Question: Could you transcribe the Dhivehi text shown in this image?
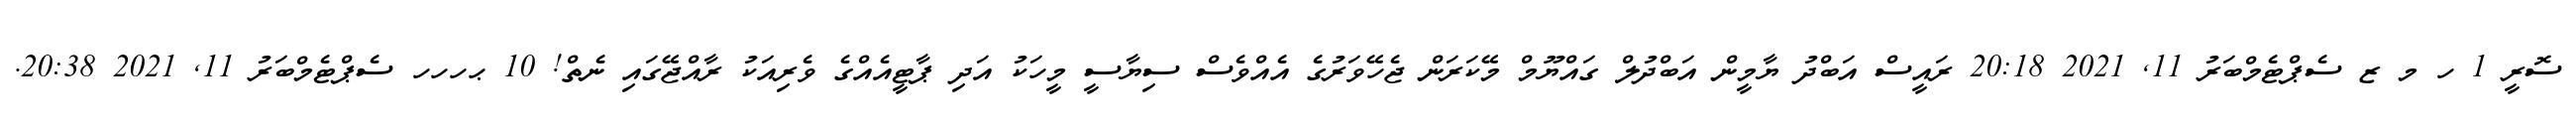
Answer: ސޮރީ 1 ހ މ ޒ ސެޕްޓެމްބަރު 11, 2021 20:18 ރައީސް އަބްދު ޔާމީން އަބްދުލް ގައްޔޫމް މޭކަރަން ޖެހޭވަރުގެ އެއްވެސް ސިޔާސީ މީހަކު އަދި ޕާޓީއެއްގެ ވެރިއަކު ރާއްޖޭގައި ނެތް! 10 ޙހހހ ސެޕްޓެމްބަރު 11, 2021 20:38.